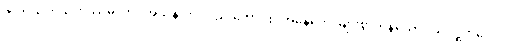
ဇာတိသတသဟဿမ္ပိ၊ ဘဝအသိန်းကို လည်းကောင်း။ အနေကေ၊ များစွာကုန်သော။ သံဝဋ္ဋကပ္ပေပိ၊